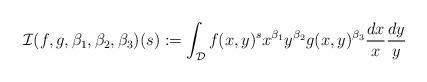
LaTeX: \begin{align*} \mathcal{I}(f,g,\beta_1,\beta_2,\beta_3)(s):=\int_{\mathcal{D}} f(x,y)^s x^{\beta_1} y^{\beta_2} g(x,y)^{\beta_3}\frac{dx}{x}\frac{dy}{y}\end{align*}